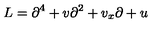
L = \partial ^ { 4 } + v \partial ^ { 2 } + v _ { x } \partial + u